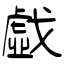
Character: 戱